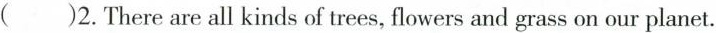
( )2.There are all kinds of trees，flowers and grass on our planet。